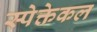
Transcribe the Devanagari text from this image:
स्पेक्तेकल